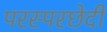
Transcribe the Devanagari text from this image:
परस्परछेदी